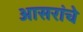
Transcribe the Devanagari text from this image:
आसरांचे